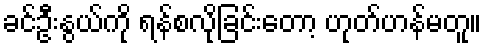
ခင်ဦးနွယ်ကို ရန်စလိုခြင်းတော့ ဟုတ်ဟန်မတူ။